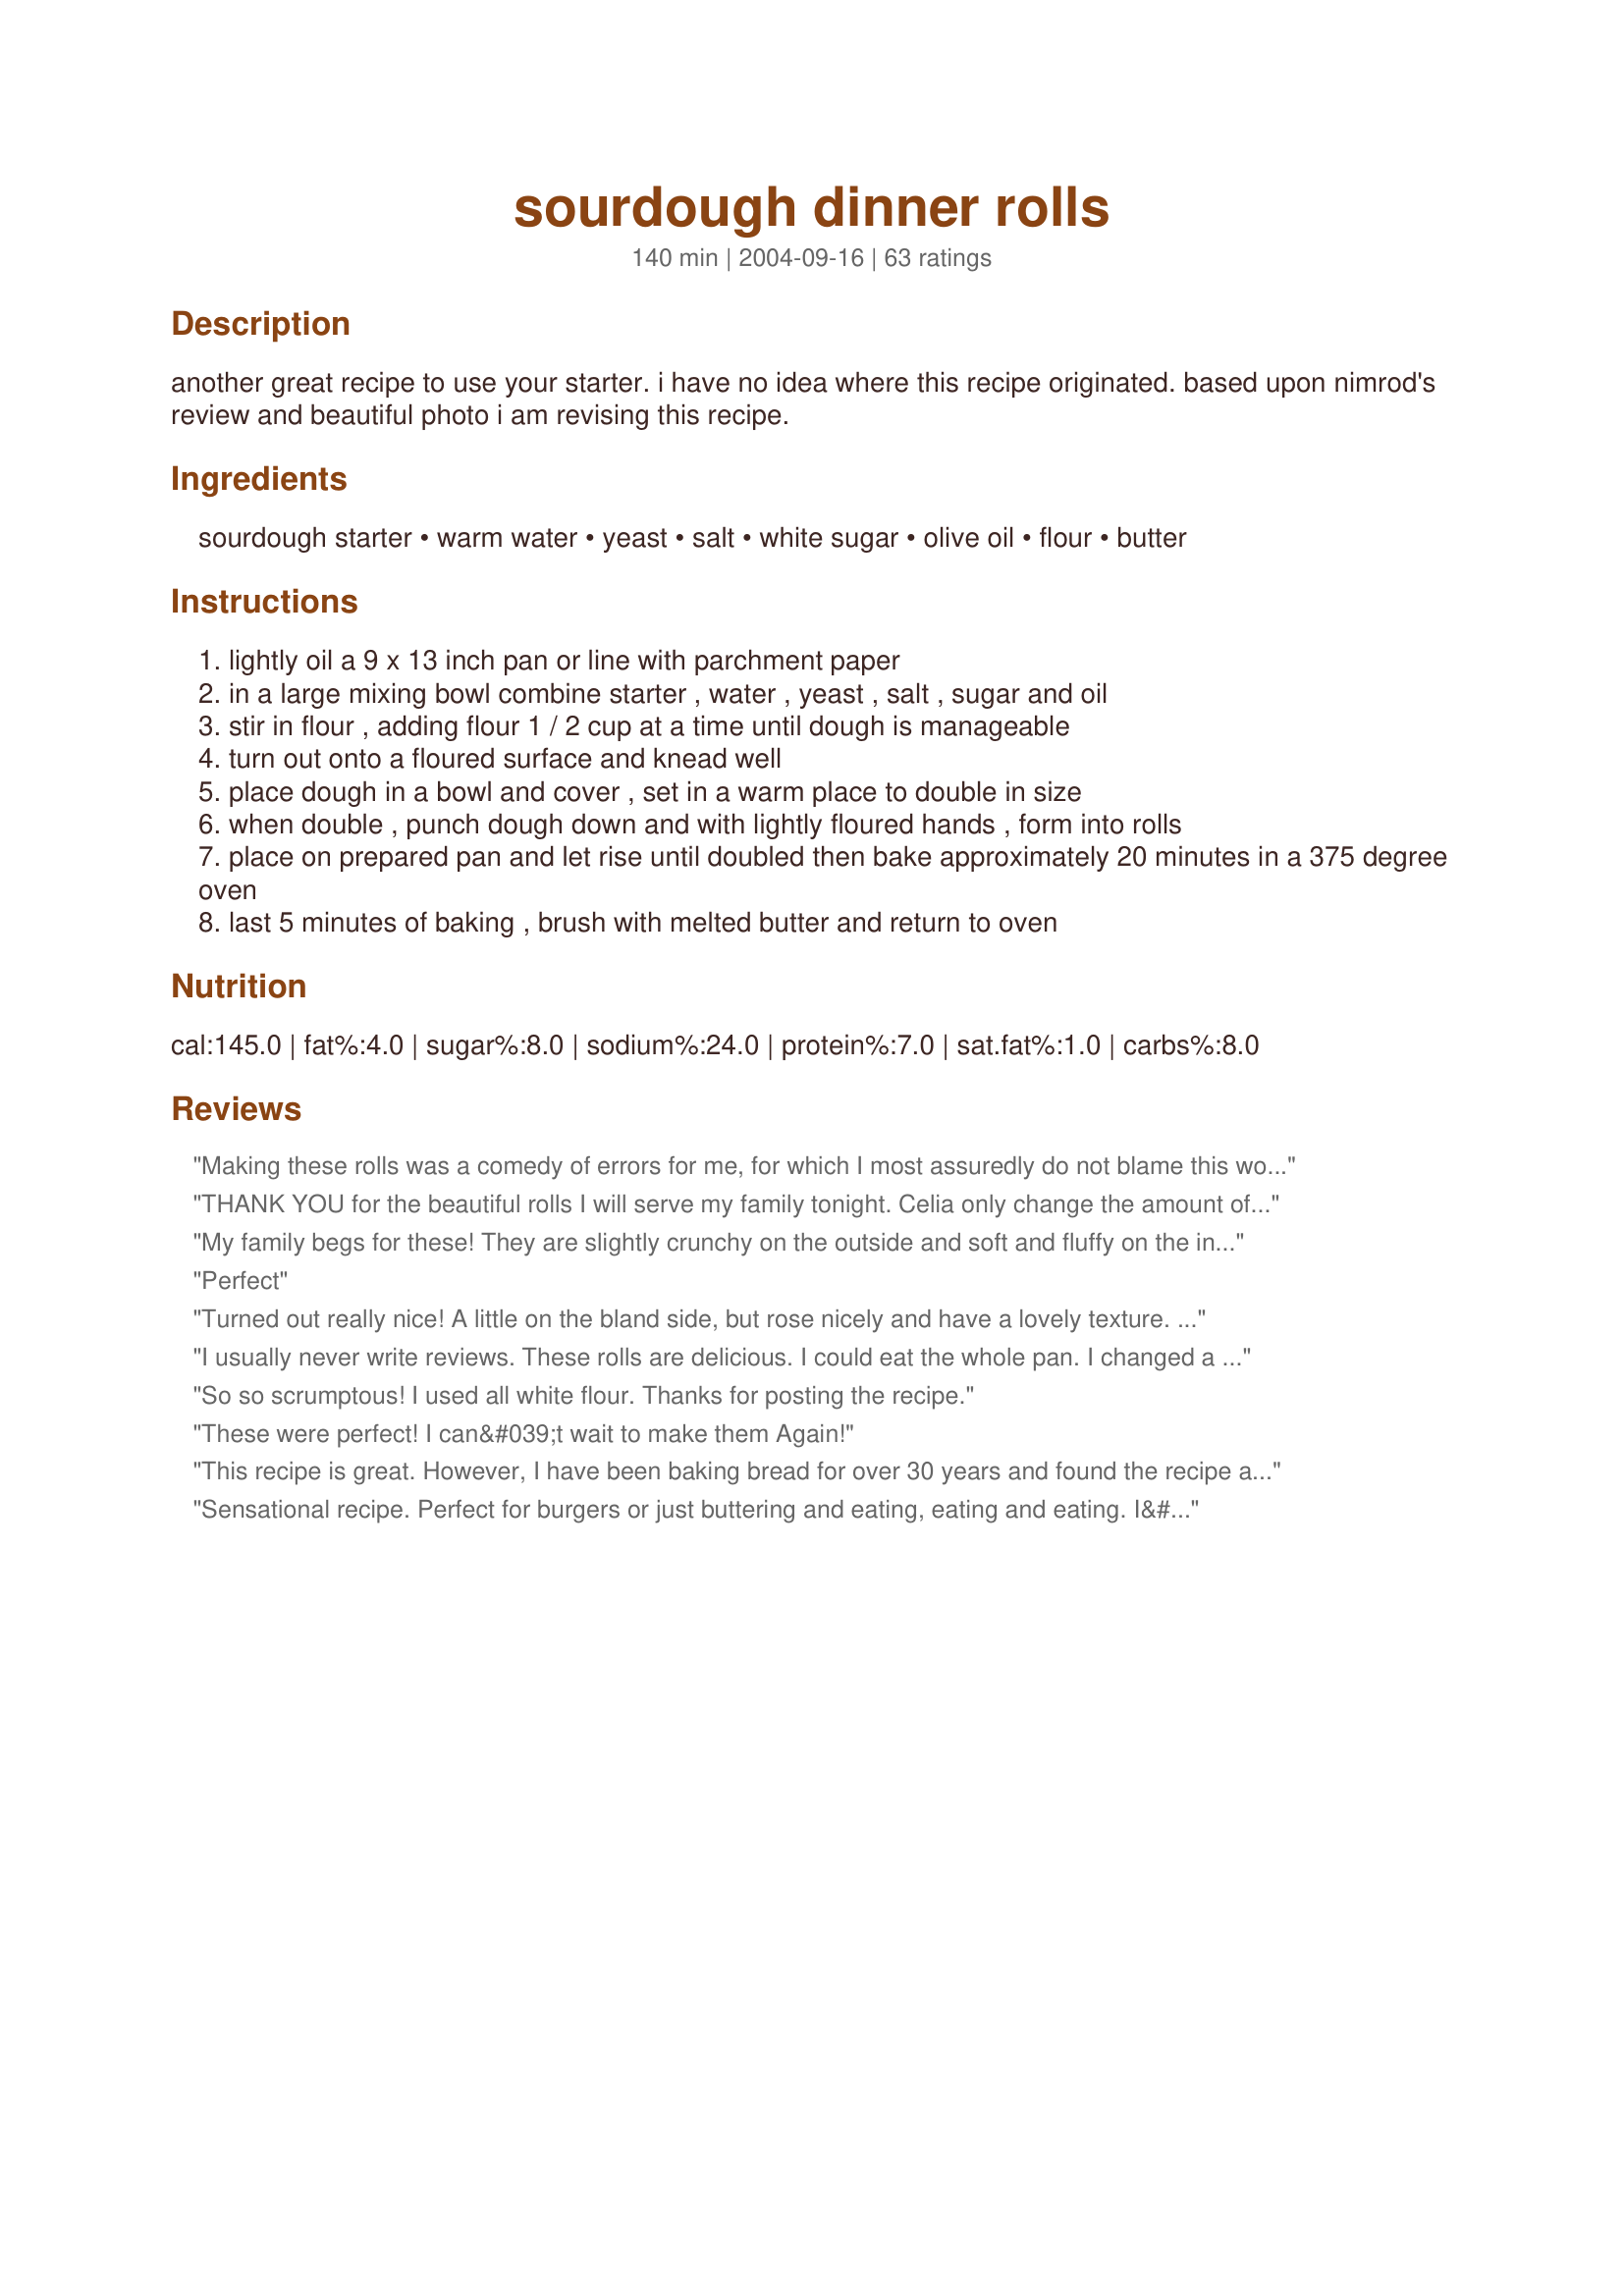
sourdough dinner rolls
Preparation time: 140 minutes

another great recipe to use your starter. i have no idea where this recipe originated. based upon nimrod's review and beautiful photo i am revising this recipe.

Ingredients:
sourdough starter, warm water, yeast, salt, white sugar, olive oil, flour, butter

Steps:
lightly oil a 9 x 13 inch pan or line with parchment paper
in a large mixing bowl combine starter , water , yeast , salt , sugar and oil
stir in flour , adding flour 1 / 2 cup at a time until dough is manageable
turn out onto a floured surface and knead well
place dough in a bowl and cover , set in a warm place to double in size
when double , punch dough down and with lightly floured hands , form into rolls
place on prepared pan and let rise until doubled then bake approximately 20 minutes in a 375 degree oven
last 5 minutes of baking , brush with melted butter and return to oven

Reviews:
Making these rolls was a comedy of errors for me, for which I most assuredly do not blame this wonderful recipe! First, I didn't have sourdough, so I made a biga the night before. I tried to double it, but didn't make quite enough. I made two batches, but ran out of quick-rise yeast for the second batch and had to use a tiny bit of plain yeast. Then I added too much salt to the second batch so it didn't rise properly. I spread the first batch out on my jelly roll stone and used a pizza cutter to divide it. My pizza cutter skills are lacking...<br/>All that being said, this recipe forgave everything and came out beautifully! The rolls were almost all gone before I had a chance to get them off the stone!
THANK YOU for the beautiful rolls I will serve my family tonight. Celia only change the amount of brown sugar (1 teaspoon) and salt (1 tablespoon)
My family begs for these! They are slightly crunchy on the outside and soft and fluffy on the inside. I've found the best luck only using white sugar and white flour. I tried to get fancy and use brown sugar/wheat as was suggested in the recipe and my family hated them. This is a recipe I've printed in my family cookbook to pass down to my daughters when they go out on their own!
Perfect
Turned out really nice! A little on the bland side, but rose nicely and have a lovely texture. Next time I may try using buttermilk instead of water for a little more flavor.
I usually never write reviews. These rolls are delicious. I could eat the whole pan. I changed a few things ...I used coconut oil and raw sugar and only all purpose flour (it's all that I had). These were amazing!
So so scrumptous! I used all white flour. Thanks for posting the recipe.
These were perfect! I can&#039;t wait to make them Again!
This recipe is great. However, I have been baking bread for over 30 years and found the recipe a little vague on how much flour to knead into the sponge; and found that while kneading the dough I added at almost 2 more cups of flour because the dough is so sticky. Tasted WONDERFUL!!
Sensational recipe. Perfect for burgers or just buttering and eating, eating and eating. I&#039;ve been baking sourdough bread a lot lately, but agree with another reviewer&#039;s comment that a bit more detail in the instructions would be especially helpful for novice (or even seasoned) bakers. For example, knead well could mean 6, 8 or 10 minutes. I went with 8. And I struggled a bit to figure out how to get it right for 11 rolls for the 9x13 pan. Golfball is too small and fist is too big. Anyone have an idea for what&#039;s in between? :) But nothing takes away from the delicious flavour and consistency. I will make these often and might add herbs, garlic or cheese in future. Hubby ate his with Recipe #353888, but I&#039;d already had two in the course of the afternoon. :oops: Thanks so much for posting.
OMG! These are amazing dinner rolls... I normally make sweet rolls using the bread machine, but wanted to use some of my sourdough starter before I banished it back to the refrigerator... Light, soft, flavorful. These are everything you could want in a bready experience. I have the rest covered in a bread basket to go with dinner when hubby gets home, but joy of joys, 3 didn't fit in there. Kids and I are munching. I used the KitchenAid to mix and knead this, then let it rise in the oven on the bread rise setting. It took about 4 cups of unbleached flour, maybe a tad less. I worried about using so much yeast, but I am glad I used the full amount, as my starter isn't very bubbly and happy today for whatever reason. Thanks for sharing a wonderful recipe!
Amazing, agreed additional flour required but very good bread easy to make last min.
Followed exact recipe and these turned out fantastic. Not as strong as a sourdough flavor as I like but perfect for the family who prefer a more mild flavor.
By FAR the best roll recipe I have ever made, or eaten for that matter. Everyone raves over them! Thanks for the recipe Paula!
Terrific Rolls. Followed the recipe as written except used 4-1/2 cups multi-grain flour. The first rise took 2 hours, the second, 1 hour. The bottoms were a little hard, so next time I'll try brushing with butter after 15 minutes of baking. No picture, as my buns are not uniform...there must be some kind of trick that I don't know about. :( Sure do taste good though. Thanks PaulaG...another great recipe
Made this with my first batch of sourdough and it is excellent! Starter was not yet a week old but the smell, texture and taste are out of this world. I live in Florida and as with many others had to add more flour. I pretty much went on the feel of the dough and used a pastry blade to help turn the dough as I kneaded it. Boyfriend took some in to CENTCOM this morning and I am going to make a fresh batch and express mail to my son in Charleston. In one word - YUMMY! ! ! UPDATE 9.18.12 - With my third batch I am down to using 4 1/2 cups of flour. Pointer - add the salt after the first couple of cups of flour (salt will kill your yeast). My second batch was made into kaiser hamburger rolls with poppy seeds and this batch is for hot dog buns. Just free form. The second batch with double cheese on the burger was HEAVEN . . . the best burger I ever had. My third batch is on it's first rise, but I'm sure it will be execellent as well . . . and using as little flour as possible is a plus.
I made this recipe exactly as written with no ingredient deviations. I am giving this recipe 4 stars because I feel the directions could be a bit more clear as far as shaping the dough and the amount to use for each roll to achieve an even result. I used Recipe #316306 for the starter needed to make this recipe. They came out fantastically! What a wonderful light, airy texture these rolls have. I made the initial dough in my bread machine utilizing the dough cycle. I then made the rolls and placed them in a 9x13 pan for the second rise. Simply wonderful, melt in your mouth rolls. I have posted 4 photo's- 2 baked and 2 showing the second rise. Next time I make these rolls, I plan on adding garlic powder and parsley. I may even add some sharp cheddar.
I am an avid cook and baker but bread has always been my nemesis. I again decided to try bread making . Since sourdough is my favorite I figured - why not!!I used the sunset sourdough starter and things went well, so I decided to give these rolls a try and I sure am glad I did. Used my kitchen aid and they came out perfect!! I got 12 extra large rolls - light and delicious. Thanks so much for this great recipe.
These were AWESOME!! I always take pics. But? These could not wait for a snap shot.

I made ham and cheese sammys with these.

I ended up using at least 6 cups of flour. BUT? Well worth it. They were nice and fluffy. Nothing but rave reviews, from my family. :)
Made these today. The rolls do taste good. Light and airy. I am new to bread making and struggle with vague directions, therefore the ding of one star. I will say, mine have no resemblance to sourdough in their taste. Could be my starter, not sure how to encourage the sour, yeasty flavor I love. I did make them too big even by another reviewers comments regarding &quot;fist-sized&quot; balls. This is a recipe that requires minimal hovering and no lengthy wait to create. Bread is very good, just not the flavor I am looking for-hoped to serve with lasagna. thank yo for sharing, It is a keeper
NOTE For sourdough starters that feed with potato flakes and sugar (Texas altitude): use 5 cups of flour instead of 3-4 cups. Used all white unbleached flour and all white sugar. Dough is very sticky. I used bread machine on dough setting for knead and 1st rise. Pinched off balls and placed them in greased glass bakeware. Ended up with 20 huge rolls - filled one 9x13 and one 8x8. Light fluffy heavenly rolls. EXCELLENT recipe, OUTSTANDING flavor!!! My friends say I should sell them. They're *That* good y'all. :)
Some of the most delicious rolls I've ever made! Thanks for the super simple recipe and instructions. Like some of the other commenters, I probably used more like 4 1/2-5 Cups of flour (I used bread flour). I made 12 large rolls, and they took about 25 mins to bake. Thanks soooooo much!!!
These turned out great! I made a half batch and that filled one 9-inch cake round perfectly. I don&#039;t know what kind of flour I used because, well, too long to explain, but I think it was either all purpose of bread flour. I used 1/2 cup starter, 3/4 cup water, 1 T sugar, 1 t salt, and the oil and 2.5 cups of flour (equivalent to 5 cups at the normal recipe) and one pack of regular yeast. I mixed it all on a high speed with the dough hook in a Kitchenaid mixer, then slowed down to a knead speed for about 5-6 minutes. Formed a nice ball with good texture. I live in Florida, and I suppose the extra flour is about right. I didn&#039;t need to add any more than the 2.5 cups (5 cup equiv). Also, it didn&#039;t matter that I added the salt immediately. It&#039;s all mixed in pretty quickly, and with the water and sugar, there&#039;s plenty for the yeast to eat. My oven has a proof feature, and that worked out well. Turned the ball of dough in an oiled bowl. Covered with one of those stretchy plastic bowl covers (sort of like a hair cover women use in the shower). More than doubled in 30-40 minutes, and this was no rapid rise yeast. Punched down and immediately formed into smooth balls by tucking under edges, the normal way until a smooth ball, and placed around outside of pan just touching. Had two for the middle, but everything rose and squeezed together and the tops were barely above the cake pan when I finished. Then baked the 15 minutes, buttered tops, and baked about 10 more minutes because a few of the rolls were too blonde for me at just 5 minutes more. I must admit two immediately, even though they were NOT small. So delicious, not sour, not yeasty, just rich tasting. I have seen other recipes calling for milk and melted butter, but since I&#039;m going to butter these babies immediately, there seems to be little point to putting yeast in the batter. Thanks Paula and thanks to all who added helpful comments.
These were light and fluffy....just delicious. Simple to make, and a keeper of a recipe.
This is the first thing I tried to make with my first batch of sourdough. These are fantastic. I went exactly by the recipe and they came out great, very tasty and beautiful. They were big and puffy and light and easy to make. My wife now thinks I'm a baker.
My first, and probably only, recipe for buns! The first batch were made exact to the recipe (extra flour which I expected having read the reviews) and were good. A bit too
These are the best rolls!!! Everyone loved them. Thank you!
I used this recipe for dinner rolls for our evening meal today. I found the dough quite sticky and difficult to work with, but the finished product tasted wonderful. I used muffin tins to bake them in. Additionally, I only needed one packet of yeast, as my starter seems to be very aggressive.
These turned out delicious! I made my first sourdough starter over the weekend and these were my first batch of sourdough goods. I&#039;ll definitely be making them again. Even my toddlers gobbled them up.
Excellent. I ran short of yeast and used 1/2 that is called for an it still came out great.
These are wonderful!!! I also had to add a couple extra cups of flour and a little honey (my sourdough is really sour!), but they turned out light and fluffy, with a light crispy crust. I used them to make sliders (mini hamburgers) and they were delish! My son had one with butter and honey on it for dessert as well and loved that too...great recipe!
These were very good. I got 15 rolls as well and used all white flour (didn't have time to grind any whole wheat but I'm sure that would've been great too) They were very dense, but I've found that's what sourdough does here where we live. The kids couldn't stop eating them!
I made these with the recommended whole wheat and white flour. Although I thought they were good, I think I would myself prefer just white flour and so will do that next time. This is a very sticky dough. I used my kitchenaide mixer to mix and knead the dough and I was glad that I didn't try to knead it with my hands. The rolls had a nice texture and tasted good.
Brushed with garlic butter. Turned out perfect.
What a great recipe and using the ABM makes it so easy. Nice soft crumb, but holds up well. Thinking just making them larger and brushing with egg whites and sesame seeds would make great hamburger buns
I too made this recipe with all white flour. Again, also very sticky, but they tasted Great!!!
What a sticky gloppy mess! I used 1/2 white and 1/2 whole wheat. I added an extra cup of flour and it was still way too sticky to work with. I tried making dough balls, almost tossed it out because it was so sticky and gloppy and finally put it into a loaf pan and let it rise the second time. It rose nicely both times, in fact while baking it rose so much it flopped over the sides of the pan. It tasted delicious. Way too much sodium and hassle. I make a loaf of bread every other day, but will wait a long while before fooling with this recipe again.
These are excellent. So easy to make. I used both the white sugar and the brown sugar for a little extra flavor. Will definitely make these again.
I agree with the comments below regarding specifics in the directions; how long to knead, how much dough to form equal sized rolls. I kneaded for about 8 minutes ( based on other bread recipes). Then after the bulk rise, I simply dumped the dough out and gently patted it into a 9x13 rectangle and tried to cut equal sized pieces. The rolls were a hit at my Easter Dinner. I think they would definitely hold up to a burger or a pulled pork sandwich!
These are the best sourdough rolls ever! The dough was quite sticky, so I had to use extra flour. They still ended up light and airy. Thank you for posting!
I resontly found my self with extra sourdough starter so sense I already have a freezer full of pizza dough I went looking for a new recipe to use up the extra. My family always loves homemade dinner rolls so I decided to try out this recipe. I followed the recipe as written for the most part. The only thing I changed is instead of suger I use honey and molasses. I use my 1/3 cup like a cookie cutter to get uniform rolls and it worked like a charm. My husband loved the rolls and so did my two year old picky eater so all and all I would say these rolls are a winner! ��
Excellent rolls! I wasn't sure how they'd turn out since I used friendship starter - but they were delicious. I also used about 1/2 white & 1/2 whole wheat flour in these, and probably used more like 5-6 cups total, as the dough was quite sticky. It did rise beautifully, and I ended up with about 20 fist-sized rolls. They were nicely done after 20 minutes baking, so I didn't return them to the oven after brushing them with melted butter. Yummy - thanks for posting! -M =)
This is a GREAT Recipe. I used an Egg Wash instead of melted butter and they were FANTASTIC!
The rolls are awesome!! Made them like you, with both flours. They came out picture perfect! The flavour and texture was just what I wanted. This is a keeper. Thank you for sharing. I got 12 rolls (good size) for my 9 x 13 pan.
I created an account just to rate this. This is an awesome recipe. I followed it mostly as written, except I used only unbleached bread flour, no whole wheat. I prepared the dough in a bread machine on the dough cycle, I started with 4 cups (actually, weighed out 20 oz) of flour, and had to add around a half a cup more during the kneed to get it to the right consistency. The sourdough was a very active San Francisco culture I&#039;ve been growing for a few months. Be forewarned -- as others have said the dough is *very* sticky, so it is best to powder it and the board with flour before punching it down. I divided the dough into fifteen rolls, and set them out on a parchment paper lined cookie sheet to rise for about 40 minutes. They baked for about 21 minutes at 375F (still on the parchment paper and cookie sheet) and were brushed with butter after fifteen minutes. I let them cool completely before serving, and used them for sloppy joe sandwiches. It is hard to overstate how awesome these were.
Very delicious. I made half of mine bigger and they made great hamburger buns. I used all white flour with whole wheat starter, just because we were out of whole wheat. I also left the sugar out, and they turned out just fine.
These are really good. I’ve made them several times, using foil pie pans to give away to friends. These are so easy, and so very very good. Brushed with melted butter and a little sea salt when after they’re done, and whew, yummo
These are so light and moist and flavorful. I used buttermilk instead of water because I had some that desperately needed using, but otherwise made as directed and the rolls came out wonderfully! Fantastic alone or with jam or honey.
I followed the recipe as directed except that I didn't realize I was short on flour until midway through making the recipe. I had only 3 1/4 cups of flour, which gave me a very sticky & impossible to knead dough. Instead of kneading, I just covered the bowl and let rise for around 30 minutes, then transferred the entire batch into a loaf pan. I think heated my oven to 200 degrees, turned it off and let the dough rise until the oven was cold again. I then turned it back on, leaving the loaf in while the oven heated to allow it to rise some more, then baked for about 25 minutes on 350 degrees. The loaf came out WONDERFUL! This is honestly some of the best sourdough bread I've ever tasted. Of course it's meant to be dinner rolls, but a thick buttered slice went just as well with our dinner. Thanks for sharing this recipe!
Very good - made with 1/2 white and 1/2 whole wheat flour as suggested. Had with goulash - yummy. Thanks!
These turned out beautifully! Always looking for new ways to use my starter (approx 8 months old). I decided I need to make a batch of bbq pork to go with the rolls. Thanks for posting. : )
I make this recipe ALL the time. I don't even always turn it into rolls, either. It works great when I turn it into normal rolls, three sides &quot;clover&quot; rolls baked in muffin tins, and I've even turned it into two bread loafs. It works great every time, sometimes I just need to increase the cooking time depending on which version I turn it in to. As other people have mentioned, I usually leave out the whole wheat and just use the unbleached flour. But, I have made it both ways. It all depends on how much you like wheat!
I didn't have too great of luck with this, but it could have just been me or my ingredients. I used my bread machine, and did add a bit extra flour so it made a ball. At the end of the cycle, it hadn't risen at all, so I thought I must've forgotten the yeast, so I added more yeast, but it still had barely risen the second time around. I decided to just put it in 2 pans and bake it, and it wasn't bad that way (just too much yeast) Possibly more flour would have helped it rise and retain it's shape.
Turned out great! Will defiantly make again. Very easy recipe to follow had to use 5 cups of flour.
Somewhat dense but great flavor! Used a little over 4 cups flour to make the dough manageable.
Paula - I tried this recipe because your biscuits where so fantastic - and these live up to your quality! I loved them because of the sourdough taste. Sis liked them and she does not like sourdough and DH liked them over his sweet rolls for their texture. A perfect 'please the masses' roll! I do, however need to work on my rolls shaping....
This is a wonderful recipe! I made 6 batches of this today, and they all came out as perfectly as the picture! The dough is soft and pliable to work with and makes a fluffy soft bread. I feel like a professional bread baker! I used 50%/50% all purpose and bread flours with fantastic results. This is bread to brag about! Thanks so much!
WOW. AWESOME rolls Paula. My starter, which happens to be your Foolproof Sourdough Starter, went crazy today. My dough would double in size within 30 minutes and I punched it down 3 times before making the rolls, each time they came back light and airy. I mixed everything in my KA, using almost 5 cups of floor and kneaded on speed 1 for about 7 minutes. The dough was really sticky, but workable. This recipe gave me 15 beautiful fluffy rolls with a wonderful texture inside and a nice crisp crust. I brushed with melted butter the last 10 minutes of baking. Thanks so much.
Nice soft rolls. Added 2 T. chopped Rosemary, 1/2 ww flour and used egg wash instead of butter. They make large rolls so next time try making 16-18 instead of 15 quantity.
WOW!!!!!! This recipe is INCREDIBLE!!! Mine made 15 large rolls and I too used about 5 cups of flour. This rose beautifully, the dough was pretty easy to handle and they taste is OUT OF THIS WORLD!!!!!! Thanks for such an incredible recipe!!!
SUPER ROLLS!! Mine came out just like the pictures. This is a great recipe for dinner rolls. I took them to work for a potluck and ruined the diets of four of my co-workers who couldn't stop eating them. They smell just wonderful while they are cooking. My family asks me to make them so much that I had to put my starter in a larger container in order to have enough on hand.
These came out fantastic. I used my bread machine to make these. I was worried I didn't add enough flour (I think I used 3.5 cups), so the dough was a little thin, but they rose up beautifully and were very soft. They were a little light on the sour flavor and I do wish the recipe was more explanatory and gave more accurate measurements, but luckily they turned out great for our Christmas dinner.
These are delicious and easy to make. I used at least 5 cups of flour, not sure how many, but it could be because my starter is at 100% saturation? After tasting them, my sister wanted to come over one day to learn to make them herself. Thank you!
